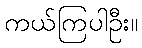
ကယ်ကြပါဦး။